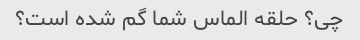
چی؟ حلقه الماس شما گم شده است؟